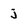
Character: j